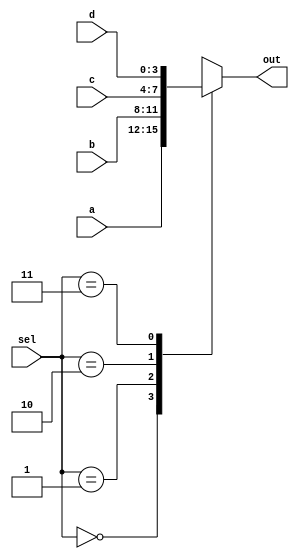
`timescale 1ns / 1ps

module mux4_1 #(parameter size = 4)(a, b, c, d, out, sel);
    input [size-1:0] a, b, c, d;
    input [1:0] sel;
    output reg [size-1:0] out;
    
    always @(a or b or c or d or sel)
        case(sel)
            2'b00: out <= a;
            2'b01: out <= b;
            2'b10: out <= c;
            2'b11: out <= d;
        endcase
endmodule